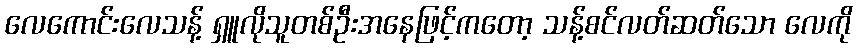
လေကောင်းလေသန့် ရှူလိုသူတစ်ဦးအနေဖြင့်ကတော့ သန့်စင်လတ်ဆတ်သော လေကို